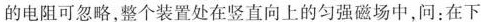
的电阻可忽略，整个装置处在竖直向上的匀强磁场中，问：在下